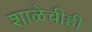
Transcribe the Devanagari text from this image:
शाळेचीही